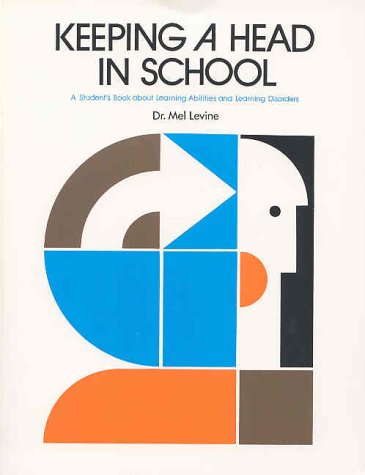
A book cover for Keeping a Head in School: A Student's Book About Learning Abilities and Learning Disorders; Melvin D. Levine; Teen & Young Adult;